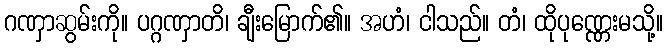
ဂဏှာဆွမ်းကို။ ပဂ္ဂဏှာတိ၊ ချီးမြောက်၏။ အဟံ၊ ငါသည်။ တံ၊ ထိုပုဏ္ဏေးမသို့။